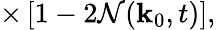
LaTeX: \times\left[1-2\mathcal{N}(\mathbf{k}_{0},t)\right],